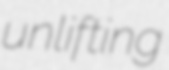
unlifting